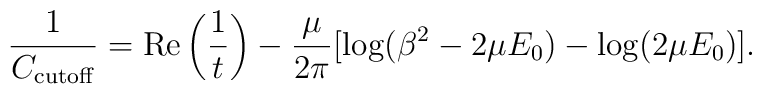
\frac{1}{C_{\rm cutoff}}=\mbox{Re}\left(\frac{1}{t}\right) - \frac{\mu}{2 \pi}[\log(\beta^2 - 2 \mu E_0) - \log(2 \mu E_0)].